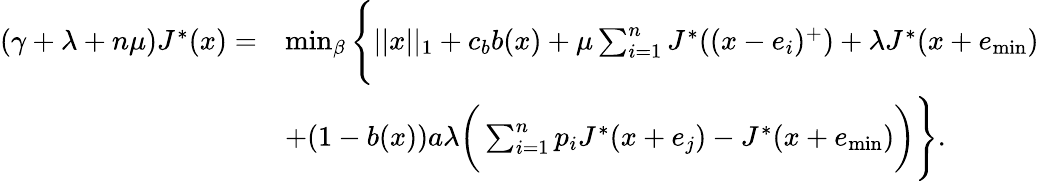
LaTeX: \begin{array}{rl}{(\gamma+\lambda+n\mu)J^{*}(x)=}&{\operatorname*{min}_{\beta}\Bigg\{ ||x||_{1}+c_{b}b(x)+\mu\sum_{i=1}^{n}J^{*}((x-e_{i})^{+})+\lambda J^{*}(x+e_{\operatorname*{min}})}\\ &{+(1-b(x))a\lambda\bigg(\sum_{i=1}^{n}p_{i}J^{*}(x+e_{j})-J^{*}(x+e_{\operatorname*{min}})\bigg)\Bigg\} .}\end{array}